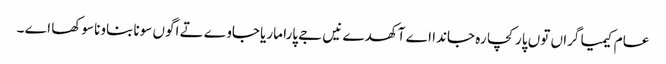
عام کیمیا گراں توں پار کچا رہ جاندا اے آکھدے نیں جے پارا ماریا جاوے تے اگوں سونا بناونا سوکھا اے ۔